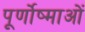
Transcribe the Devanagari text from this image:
पूर्णोष्माओं